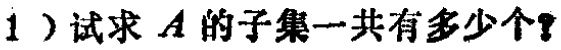
1）试求 \(A\) 的子集一共有多少个？